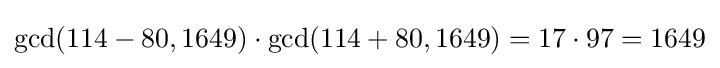
\gcd(114-80,1649)\cdot \gcd(114+80,1649)=17\cdot 97=1649